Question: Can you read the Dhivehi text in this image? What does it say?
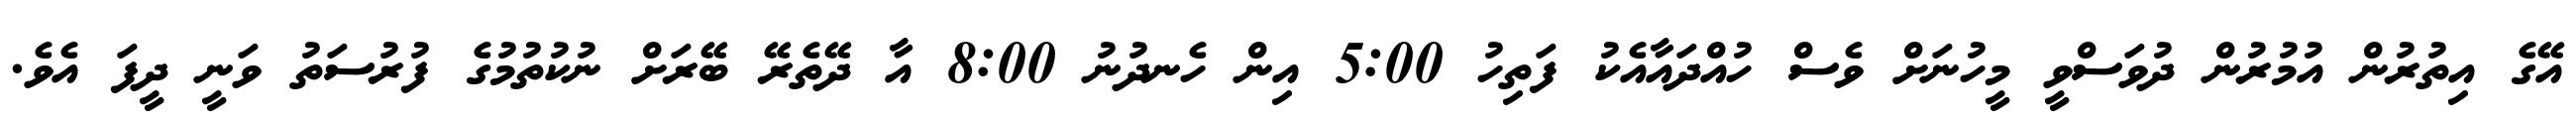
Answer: އޭގެ އިތުރުން އުމުރުން ދުވަސްވީ މީހުނަށް ވެސް ހުއްދައާއެކު ފަތިހު 5:00 އިން ހެނދުނު 8:00 އާ ދޭތެރޭ ބޭރަށް ނުކުތުމުގެ ފުރުސަތު ވަނީ ދީފަ އެވެ.